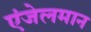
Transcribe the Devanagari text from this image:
एंजेलमान